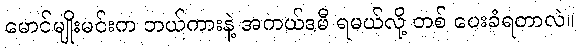
မောင်မျိုးမင်းက ဘယ်ကားနဲ့ အကယ်ဒမီ ရမယ်လို့ တစ် ပေးခံရတာလဲ။